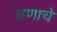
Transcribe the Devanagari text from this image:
घणाचे